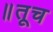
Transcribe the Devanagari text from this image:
॥तूच